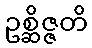
ဥစ္ဆိဇ္ဇတိ